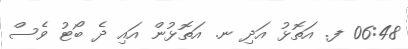
06:48 ފ. އަތޮޅު އަދި ނ. އަތޮޅުން އައި ދެ ބޯޓު ވެސް